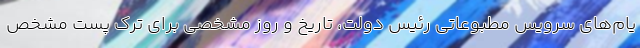
یام‌های سرویس مطبوعاتی رئیس دولت، تاریخ و روز مشخصی برای ترک پست مشخص